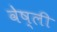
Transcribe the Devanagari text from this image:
वेष्ली